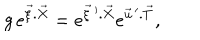
g \, e ^ { { \vec { \xi } } . { \vec { X } } } = e ^ { { \vec { \xi } } \, ^ { \prime } . { \vec { X } } } e ^ { { \vec { u } } \, ^ { \prime } . { \vec { T } } } ,